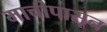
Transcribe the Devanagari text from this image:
माचीपासून